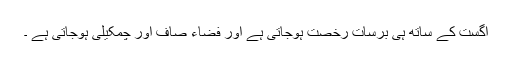
اگست کے ساتھ ہی برسات رخصت ہوجاتی ہے اور فضاء صاف اور چمکیلی ہوجاتی ہے ۔